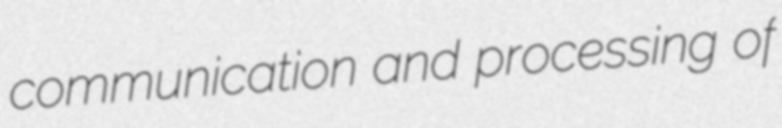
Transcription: communication and processing of